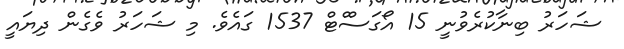
ޝަހަރު ބިނާކުރެވުނީ 15 އޯގަސްްޓް 1537 ގައެވެ. މި ޝަހަރު ވެގެން ދިޔައީ